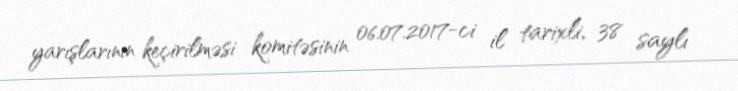
yarışlarının keçirilməsi komitəsinin 06.07.2017-ci il tarixli, 38 saylı